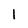
Character: 1